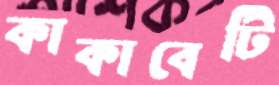
কাকাবেটি